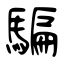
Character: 騙